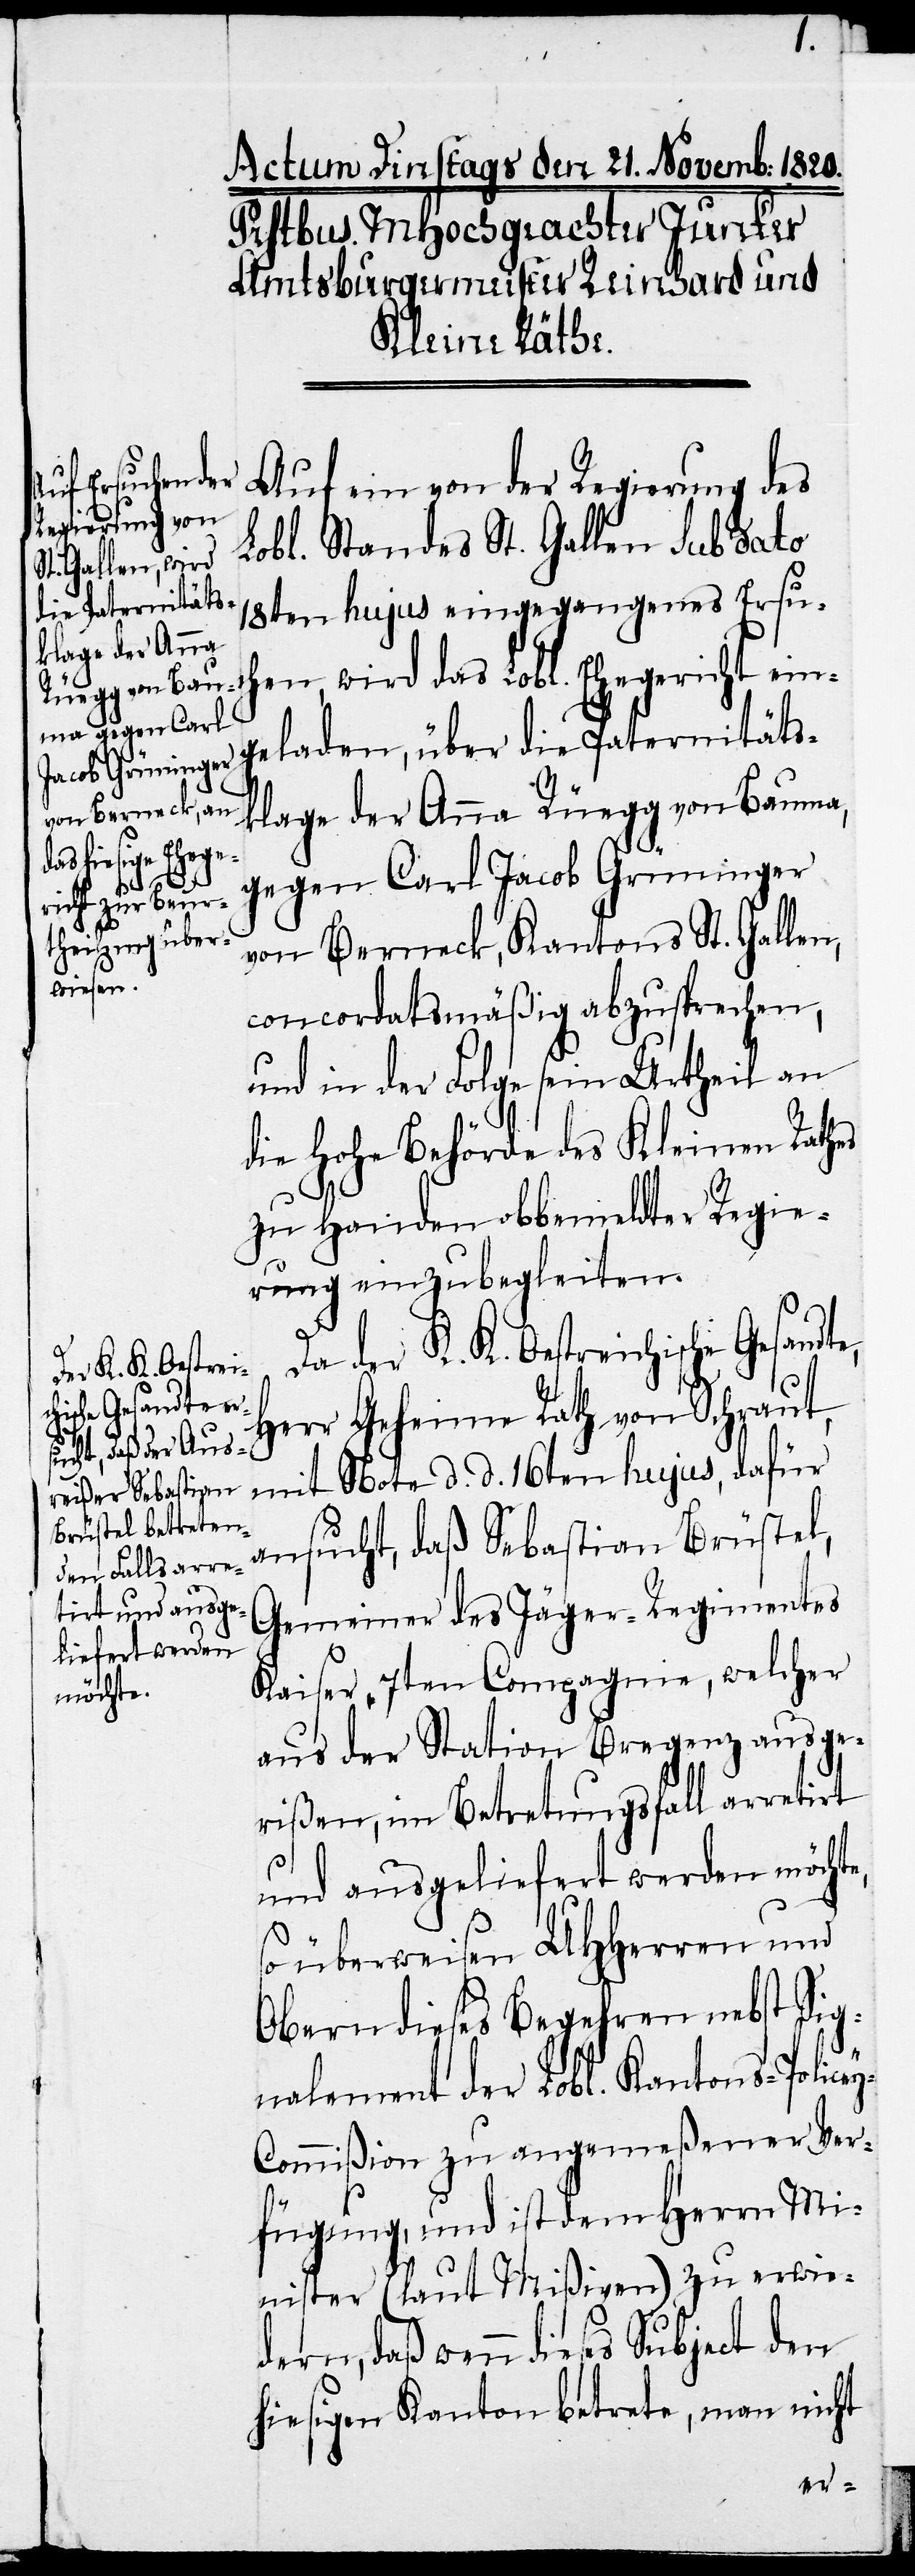
Auf ein von der Regierung des
Lobl. Standes St. Gallen sub dato
18ten hujus eingegangenes Ersuc¬
hen, wird das Lobl. Ehegericht ein¬
geladen, über die Paternitäts¬
klage der Anna Rüegg von Bauma,
gegen Carl Jacob Grüninger
von Berneck, Kantons St. Gallen,
concordatsmäßig abzusprechen,
und in der Folge sein Urtheil an
die hohe Behörde des Kleinen Rathes
zu Handen obbemeldter Regie¬
rung einzubegleiten.
Da der K. K. Oestreichische Gesandte,
Herr Geheime Rath von Schraut,
mit Note d. d. 16ten hujus, dafür
ansucht, daß Sebastian Brüstel,
Gemeiner des Jäger-Regimentes
Kaiser, 7ten Compagnie, welcher
aus der Station Bregenz ausge¬
rißen, im Betretungsfall arretirt
und ausgeliefert werden möchte,
so überweisen UHHerren und
Obern dieses Begehren nebst Sig¬
nalement der Lobl. Kantons-Police¬
y-Commißion zu angemeßener Ver¬
fügung, und ist dem Herrn Mi¬
nister (laut Mißiven) zu erwie¬
dern, daß wenn dieses Subject den
hiesigen Kanton betrete, man nicht